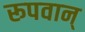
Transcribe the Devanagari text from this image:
रूपवान्